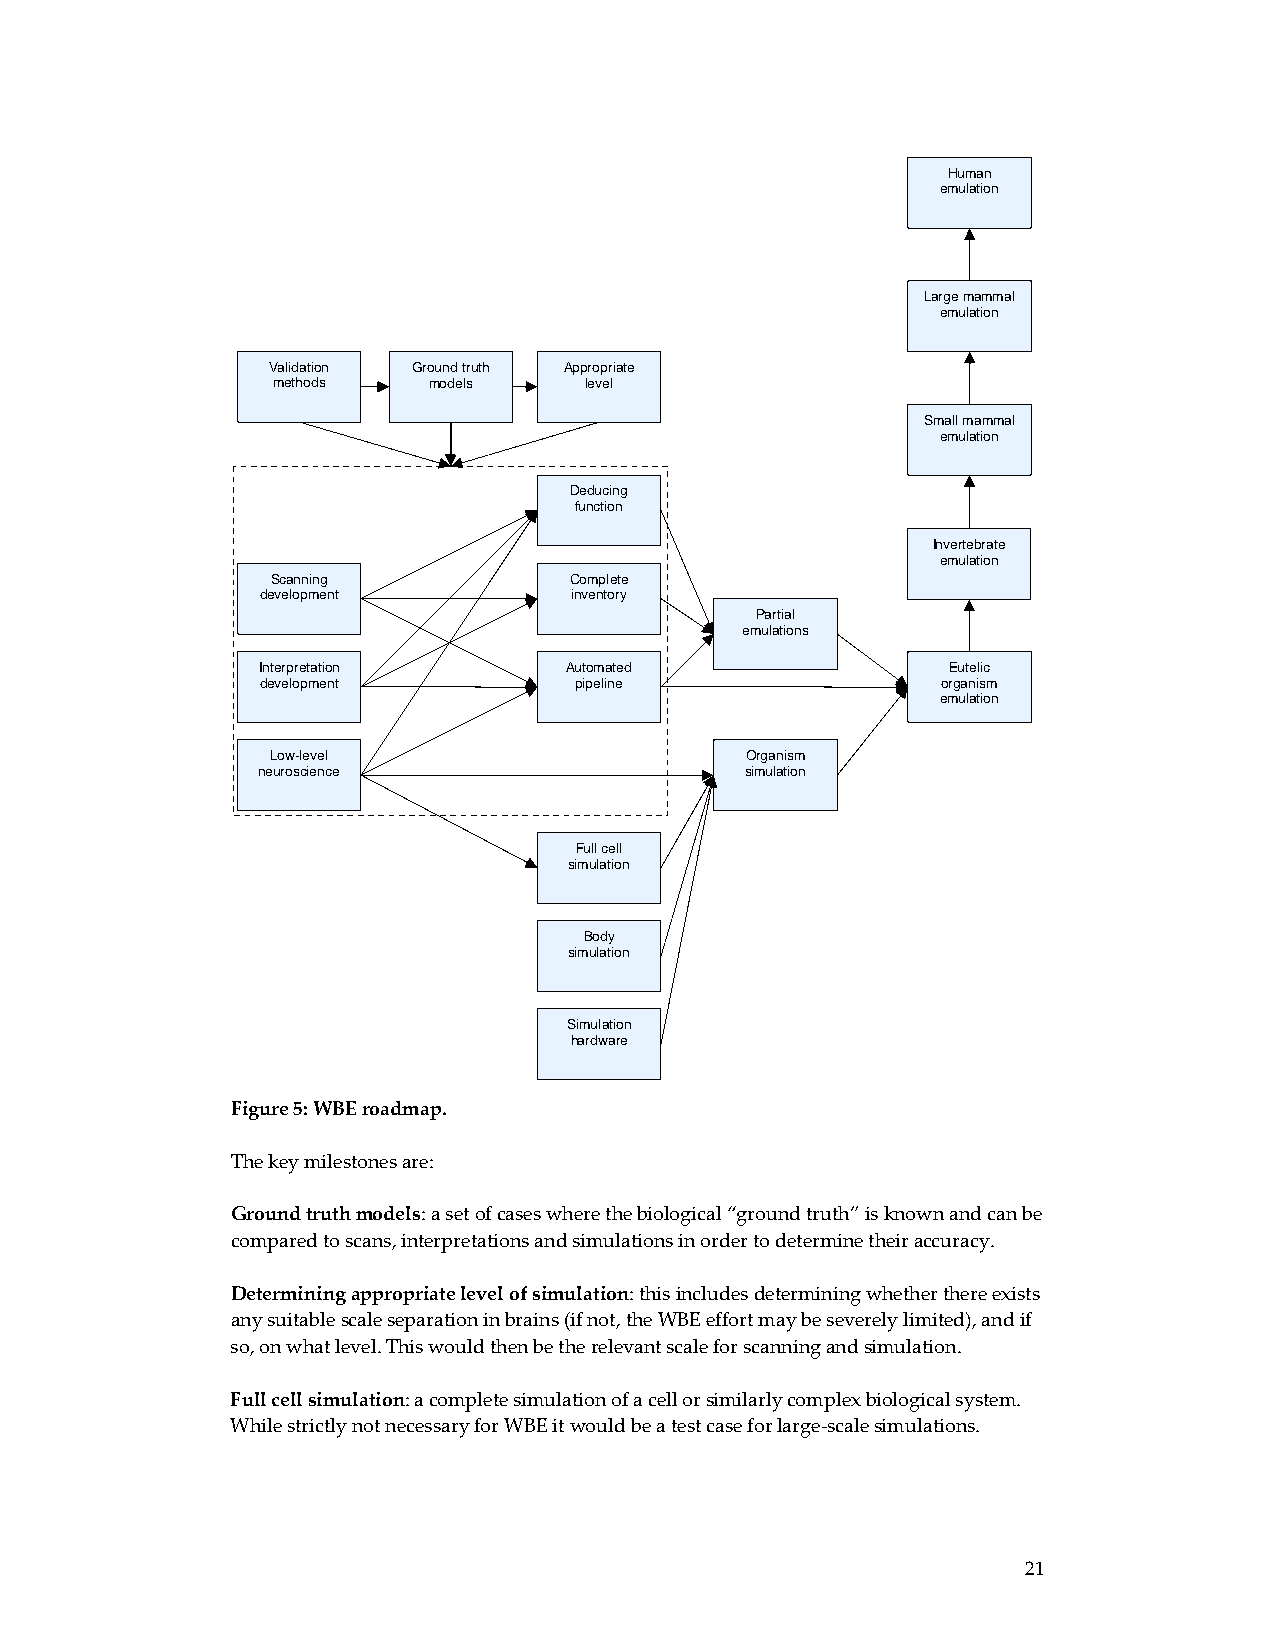
Human
 emulation
 Large mammal
 emulation
 Validation Ground truth Appropriate
 methods   models     level
 Small mammal
 emulation
 Deducing
 function
 Invertebrate
 emulation
 Scanning            Complete
 development          inventory
 Partial
 emulations
 Interpretation      Automated                 Eutelic
 development          pipeline                organism
 emulation
 Low-level                      Organism
 neuroscience                    simulation
 Full cell
 simulation
 Body
 simulation
 Simulation
 hardware
 Figure 5: WBE roadmap.
 The key milestones are:
 Ground truth models: a set of cases where the biological “ground truth” is known and can be
 compared to scans, interpretations and simulations in order to determine their accuracy.
 Determining appropriate level of simulation: this includes determining whether there exists
 any suitable scale separation in brains (if not, the WBE effort may be severely limited), and if
 so, on what level. This would then be the relevant scale for scanning and simulation.
 Full cell simulation: a complete simulation of a cell or similarly complex biological system.
 While strictly not necessary for WBE it would be a test case for large‐scale simulations.
 21